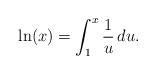
LaTeX: \begin{align*}\ln(x) = \int_{1}^{x} \frac{1}{u} \, du.\end{align*}